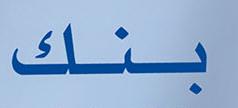
بنك